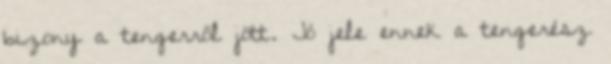
bizony a tengerről jött. Jó jele ennek a tengerész